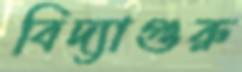
বিদ্যাগুরু